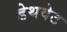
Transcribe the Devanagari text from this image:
डेथवेट